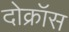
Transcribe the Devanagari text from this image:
दोक्रॉस